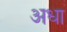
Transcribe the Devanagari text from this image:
अधा